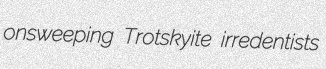
onsweeping Trotskyite irredentists